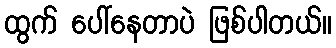
ထွက် ပေါ်နေတာပဲ ဖြစ်ပါတယ်။